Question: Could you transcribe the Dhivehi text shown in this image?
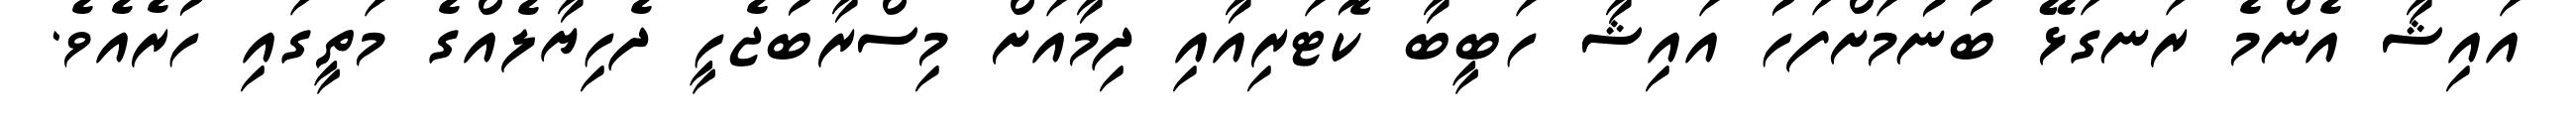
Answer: އައިޝާ އެންމެ ރަނގަޅޭ ބުނުމަށްފަހު އައިޝާ ހަބީބާ ކޮޓަރިއާއި ދިމާއަށް މިސްރާބުޖެހީ ދެހިޔާލެއްގެ މަތީގައި ހުރެއެވެ.